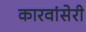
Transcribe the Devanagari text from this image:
कारवांसेरी